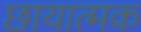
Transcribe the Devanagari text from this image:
छायात्मक